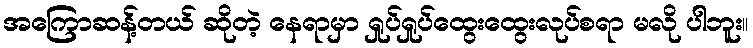
အကြောဆန့်တယ် ဆိုတဲ့ နေရာမှာ ရှုပ်ရှုပ်ထွေးထွေးလုပ်စရာ မလို ပါဘူး။